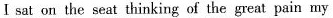
I sat on the seat thinking of the great pain my